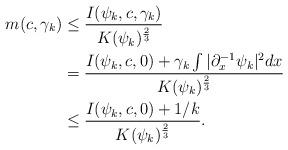
LaTeX: \begin{align*}m(c,\gamma_k) &\leq \frac{I(\psi_k,c,\gamma_k)}{K(\psi_k)^{\frac{2}{3}}}\\&= \frac{I(\psi_k,c,0) + \gamma_k\int|\partial_x^{-1}\psi_k|^2dx}{K(\psi_k)^{\frac{2}{3}}}\\&\leq \frac{I(\psi_k,c,0) + 1/k}{K(\psi_k)^{\frac{2}{3}}}.\end{align*}